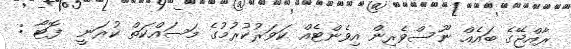
ރާއްޖޭގެ ބައެއް ނޫސްވެރިން އިވެންޓެއް ކަވަރުކުރުމުގެ މަސައްކަތް ކުރަނީ  ފޮޓޯ :